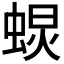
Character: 𧌚